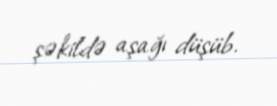
şəkildə aşağı düşüb.